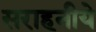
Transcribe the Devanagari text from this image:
सराहनीये